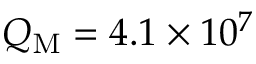
Q _ { \mathrm { M } } = 4 . 1 \times 1 0 ^ { 7 }